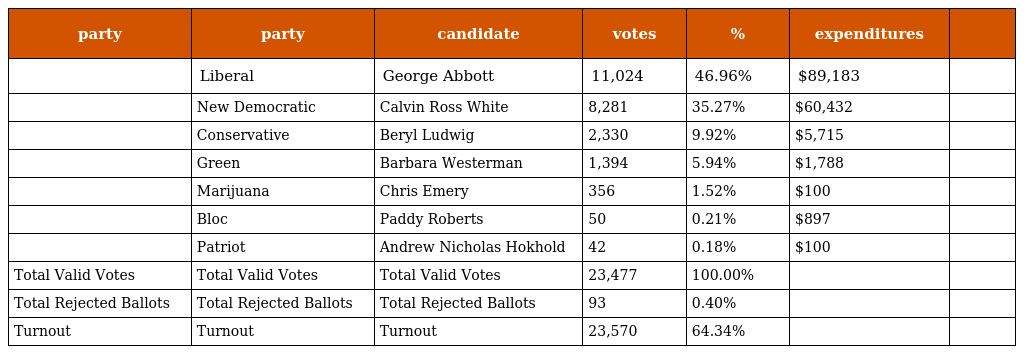
| party | party | candidate | votes | % | expenditures |  |
 | --- | --- | --- | --- | --- | --- | --- |
 |  | Liberal | George Abbott | 11,024 | 46.96% | $89,183 |  |
 |  | New Democratic | Calvin Ross White | 8,281 | 35.27% | $60,432 |  |
 |  | Conservative | Beryl Ludwig | 2,330 | 9.92% | $5,715 |  |
 |  | Green | Barbara Westerman | 1,394 | 5.94% | $1,788 |  |
 |  | Marijuana | Chris Emery | 356 | 1.52% | $100 |  |
 |  | Bloc | Paddy Roberts | 50 | 0.21% | $897 |  |
 |  | Patriot | Andrew Nicholas Hokhold | 42 | 0.18% | $100 |  |
 | Total Valid Votes | Total Valid Votes | Total Valid Votes | 23,477 | 100.00% |  |  |
 | Total Rejected Ballots | Total Rejected Ballots | Total Rejected Ballots | 93 | 0.40% |  |  |
 | Turnout | Turnout | Turnout | 23,570 | 64.34% |  |  |